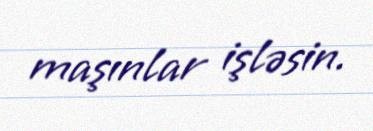
maşınlar işləsin.